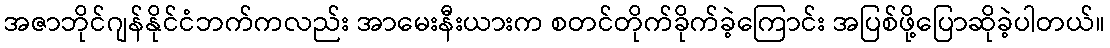
အဇာဘိုင်ဂျန်နိုင်ငံဘက်ကလည်း အာမေးနီးယားက စတင်တိုက်ခိုက်ခဲ့ကြောင်း အပြစ်ဖို့ပြောဆိုခဲ့ပါတယ်။